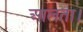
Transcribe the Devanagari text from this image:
आलता।